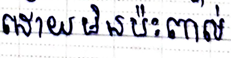
ដោយមិនប៉ះពាល់